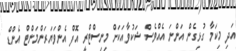
އަދި މިކަމާ ގުޅިގެން އަންނަ އެއްވެސް ޝަކުވާއަކަށް މިނިސްޓްރީ އޮފް އެންވަޔަރަންމަންޓް އެންޑް